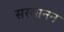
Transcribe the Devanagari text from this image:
सरवानन